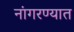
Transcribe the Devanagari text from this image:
नांगरण्यात